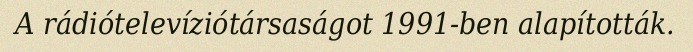
A rádiótelevíziótársaságot 1991-ben alapították.